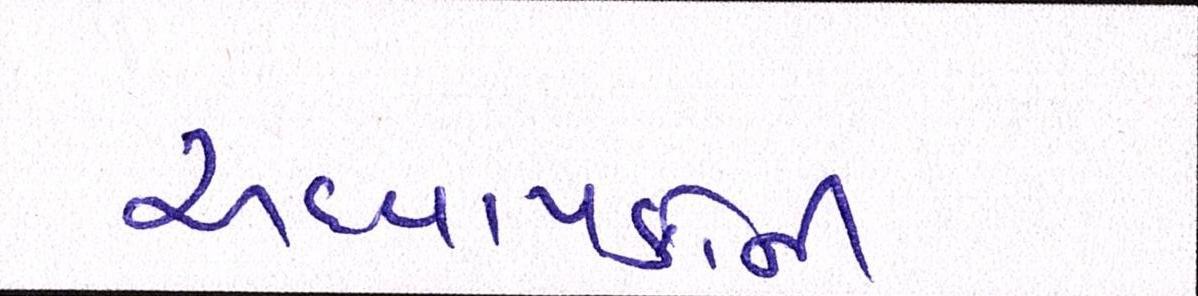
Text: અધ્યાપકોની